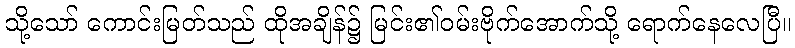
သို့သော် ကောင်းမြတ်သည် ထိုအချိန်၌ မြင်း၏ဝမ်းဗိုက်အောက်သို့ ရောက်နေလေပြီ။